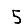
Digit: 5